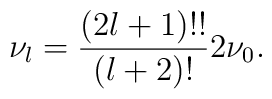
\nu_l = {(2l+1)!!\over (l+2)!} 2\nu_0.